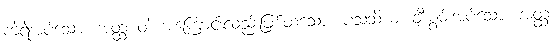
ကဲ့ရဲ့အပ်သော။ အတ္ထံ ဝါ၊ အကြောင်းလည်းဖြစ်ထသော။ ပသံသိယံ၊ ချီးမွမ်းအပ်သော။ အတ္ထံ